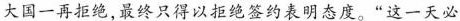
大国一再拒绝，最终只得以拒绝签约表明态度。”这一天必